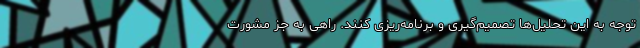
توجه به این تحلیل‌ها تصمیم‌گیری و برنامه‌ریزی کنند. راهی به جز مشورت